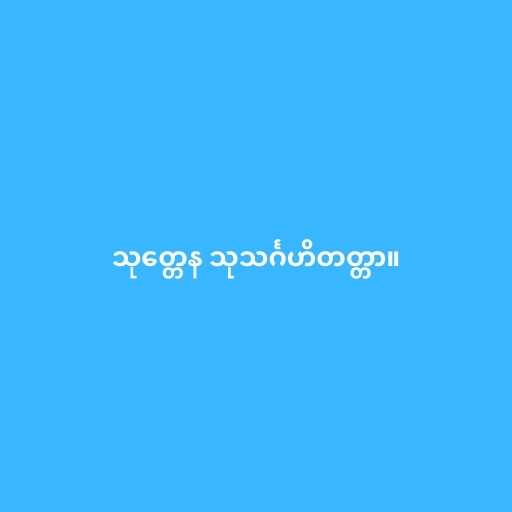
သုတ္တေန သုသင်္ဂဟိတတ္တာ။